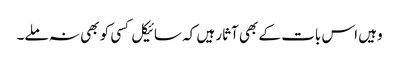
وہیں اس بات کے بھی آثار ہیں کہ سائیکل کسی کو بھی نہ ملے۔